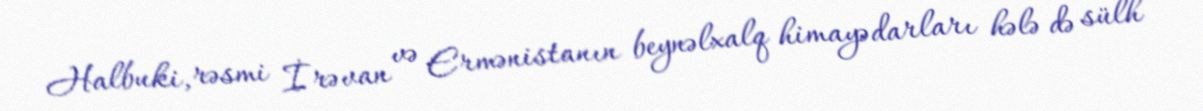
Halbuki, rəsmi İrəvan və Ermənistanın beynəlxalq himayədarları hələ də sülh